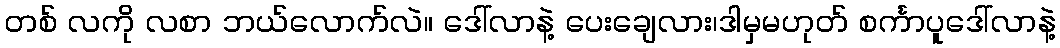
တစ် လကို လစာ ဘယ်လောက်လဲ။ ဒေါ်လာနဲ့ ပေးချေလား၊ဒါမှမဟုတ် စင်္ကာပူဒေါ်လာနဲ့